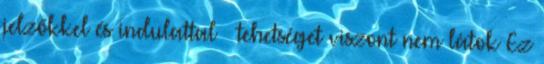
jelzőkkel és indulattal – tehetséget viszont nem látok Ez